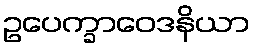
ဥပေက္ခာဝေဒနိယာ